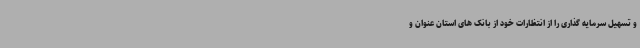
و تسهیل سرمایه گذاری را از انتظارات خود از بانک های استان عنوان و